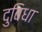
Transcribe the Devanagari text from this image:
दुबिधा